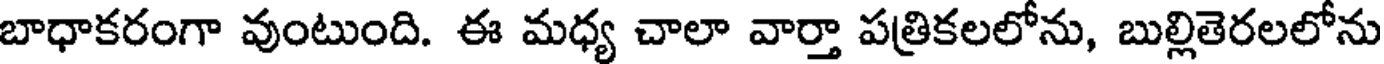
బాధాకరంగా వుంటుంది. ఈ మధ్య చాలా వార్తా పత్రికలలోను, బుల్లితెరలలోను